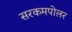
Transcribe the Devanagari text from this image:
सरकमपोलर